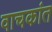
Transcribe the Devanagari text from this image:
वाचकांत